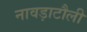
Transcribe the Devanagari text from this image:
नावड़ाटौली